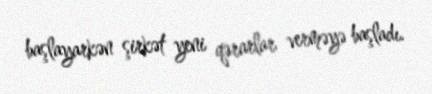
başlayarkən şirkət yeni qərarlar verməyə başladı.